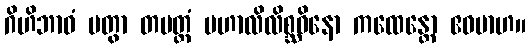
ဂိဟိဘာဝံ ပတွာ တမတ္ထံ မဟာလိလိစ္ဆဝိနော ကထေန္တော ဧဝမာဟ။